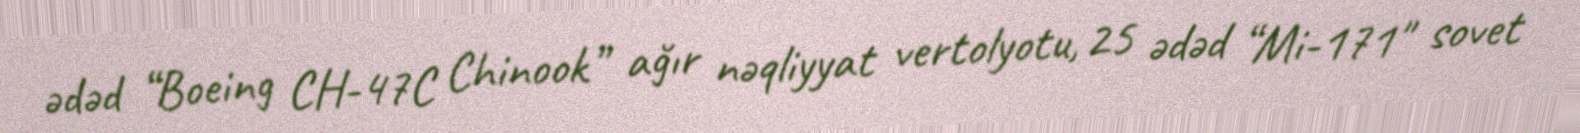
ədəd “Boeing CH-47C Chinook” ağır nəqliyyat vertolyotu, 25 ədəd “Mi-171" sovet